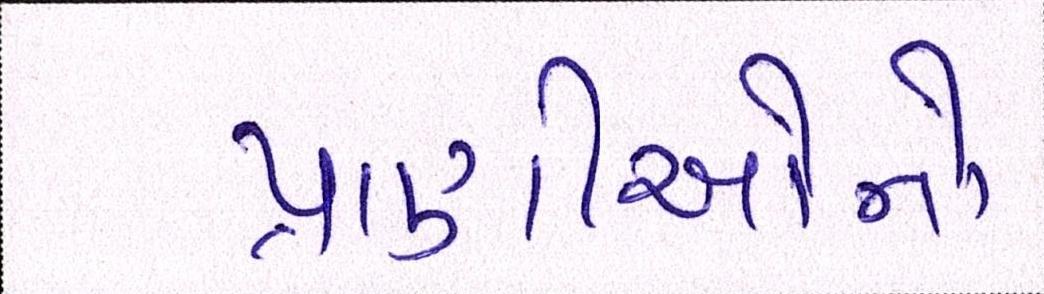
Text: પ્રાણીઓનો